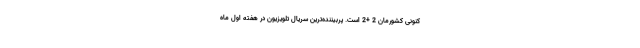
کنونی کشورمان 2 +2 است. پربیننده‌ترین سریال تلویزیون در هفته اول ماه